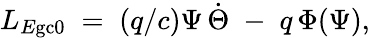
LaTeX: L_{E\mathrm{gc}0}\; =\; (q/c)\Psi\, \dot{\Theta}\; -\; q\, \Phi(\Psi),